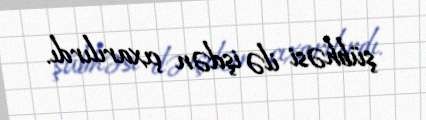
şübhəsi ilə işdən çıxarılırdı.